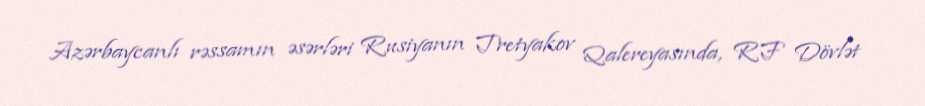
Azərbaycanlı rəssamın əsərləri Rusiyanın Tretyakov Qalereyasında, RF Dövlət